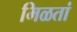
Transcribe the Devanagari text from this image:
मिळतां